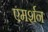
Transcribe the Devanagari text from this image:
एमर्शन